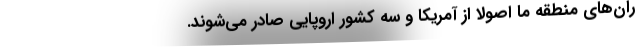
ران‌های منطقه ما اصولاً از آمریکا و سه کشور اروپایی صادر می‌شوند.